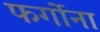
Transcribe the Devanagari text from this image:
फर्गोना